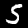
Label: 5